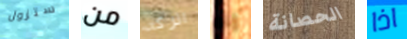
ستزول من اتركه إنه الحصانة اذا